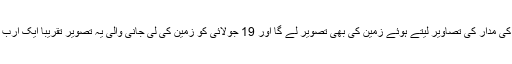
یہ خلائی جہاز سیارہ زحل اور اس کی مدار کی تصاویر لیتے ہوئے زمین کی بھی تصویر لے گا اور 19 جولائی کو زمین کی لی جانی والی یہ تصویر تقریباً ایک ارب میل کے فاصلے سے لی جائےگی۔